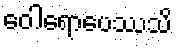
ဝေါရောပေဿသိ